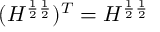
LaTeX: ( H ^ { \frac { 1 } { 2 } \frac { 1 } { 2 } } ) ^ { T } = H ^ { \frac { 1 } { 2 } \frac { 1 } { 2 } }